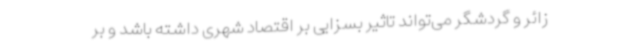
زائر و گردشگر می‌تواند تاثیر بسزایی بر اقتصاد شهری داشته باشد و بر